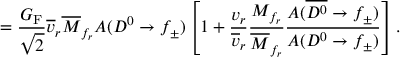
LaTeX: = \frac { G _ { \mathrm { F } } } { \sqrt { 2 } } \overline { { { v } } } _ { r } \overline { { { M } } } _ { f _ { r } } A ( D ^ { 0 } \to f _ { \pm } ) \left[ 1 + \frac { v _ { r } } { \overline { { { v } } } _ { r } } \frac { M _ { f _ { r } } } { \overline { { { M } } } _ { f _ { r } } } \frac { A ( \overline { { { D ^ { 0 } } } } \to f _ { \pm } ) } { A ( D ^ { 0 } \to f _ { \pm } ) } \right] .